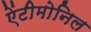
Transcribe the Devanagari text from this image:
ऐंटीमोनिल